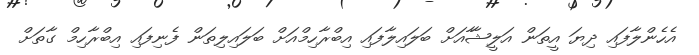
އެހެންލާފައި ދިޔަ އީތަން އަލީޝާާއަށް ބަލައިލާފައި އިބްރާހިމްއަށް ބަލައިިލިތަން ފެނިފައި އިބްރާހިމް ގާތަށް